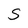
Character: S